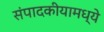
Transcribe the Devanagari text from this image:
संपादकीयामध्ये